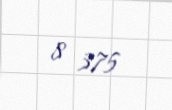
8 375